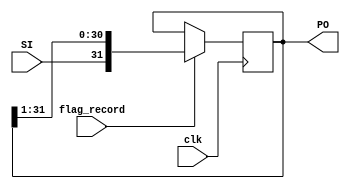
//Module shifter for shifting the micDATA to a register used as a deserialiser
//Author Tselepi Eleni

module shifter(clk,SI,flag_record,PO);

input clk, SI , flag_record;
output [31:0] PO;
reg [31:0] tmp;

always@(posedge clk)
begin
    if(flag_record)
    begin
        tmp <= {SI,tmp[31:1]}; //right shift because of the least significant bit 
    end 
end

assign PO = tmp;

endmodule